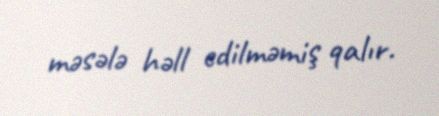
məsələ həll edilməmiş qalır.